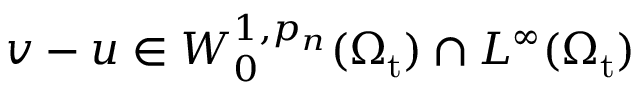
v - u \in W _ { 0 } ^ { 1 , p _ { n } } ( \Omega _ { \mathrm { t } } ) \cap L ^ { \infty } ( \Omega _ { \mathrm { t } } )